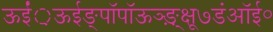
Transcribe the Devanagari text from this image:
ऊईं़ऊईङ्पॉपॉऊञ्ङ़़्क्षू७डंऑई॰